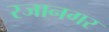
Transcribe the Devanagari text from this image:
रजानगर